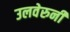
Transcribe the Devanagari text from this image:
उलवेरुनी